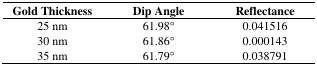
| Gold Thickness | Dip Angle | Reflectance |
 | --- | --- | --- |
 | 25 nm | 61.98° | 0.041516 |
 | 30 nm | 61.86° | 0.000143 |
 | 35 nm | 61.79° | 0.038791 |